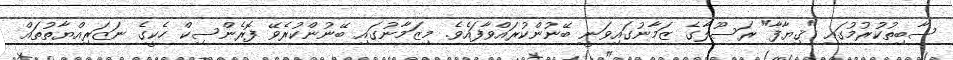
ސާބިތުކުރުމުގައި "ޤިޔާފާ" ރަސޫލާގެ ޒަމާނުގައިވަނީ ބޭނުންކުރައްވާފައެވެ. މިޒަމާނުގައި ބޭނުންކުރެވޭ ފޮރެންސިކް ހެކީގެ ނަޒަރިއްޔާތުތައް